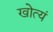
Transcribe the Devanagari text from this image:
खोत्यं